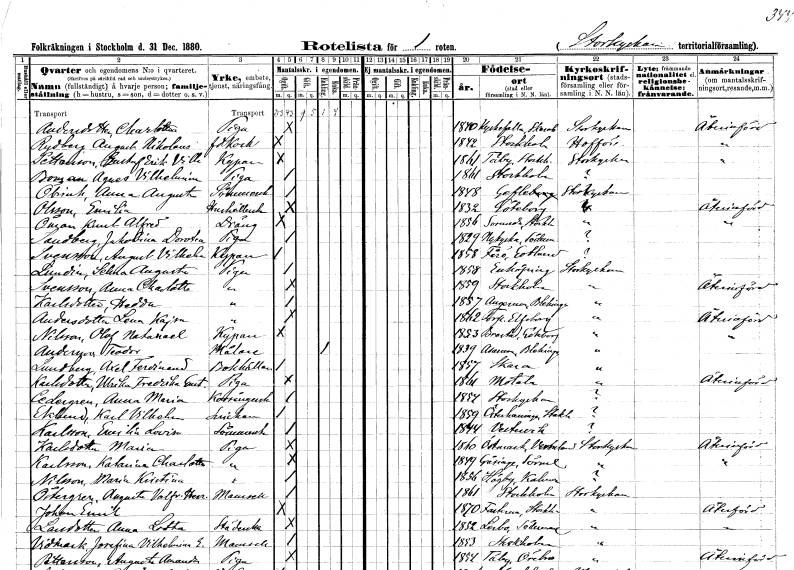
gt_parse: households: individuals: FN: Charlotta
EN: Andersdotter
YRKE: Piga
KON: K
CIV: O
FODAR: 1840
FODFORS: Kyrkefalla Skaraborgs län
FN: August Nikolaus
EN: Rydberg
YRKE: Kock f.d.
KON: M
CIV: O
FODAR: 1842
FODFORS: Stockholm
FN: Gustaf Erik Vilhelm
EN: Pettersson
YRKE: Kypare
KON: M
CIV: O
FODAR: 1861
FODFORS: Täby Stockholms län
FN: Agnes Vilhelmina
EN: Boman
YRKE: Piga
KON: K
CIV: O
FODAR: 1861
FODFORS: Stockholm
FN: Anna Augusta
EN: Öbrink
YRKE: Sömmerska
KON: K
CIV: O
FODAR: 1848
FODFORS: Gävle Gävleborgs län
FN: Emilia
EN: Olsson
YRKE: Hushållerska
KON: K
CIV: O
FODAR: 1832
FODFORS: Göteborg Göteborgs- och Bohuslän
FN: Knut Alfred
EN: Öman
YRKE: Dräng
KON: M
CIV: O
FODAR: 1856
FODFORS: Sorunda Södermanlands län
FN: Jakobina Dorotea
EN: Sandberg
YRKE: Piga
KON: K
CIV: O
FODAR: 1829
FODFORS: Nykyrka Södermanlands län
FN: August Vilhelm
EN: Svensson
YRKE: Kypare
KON: M
CIV: O
FODAR: 1858
FODFORS: Fårö Gotlands län
FN: Selma Augusta
EN: Lundin
YRKE: Piga
KON: K
CIV: O
FODAR: 1858
FODFORS: Enköping Uppsala län
FN: Anna Charlotta
EN: Svensson
YRKE: Piga
KON: K
CIV: O
FODAR: 1859
FODFORS: Stockholm
FN: Hedda
EN: Karlsdotter
YRKE: Piga
KON: K
CIV: O
FODAR: 1857
FODFORS: Augerum Blekinge län
FN: Lena Kajsa
EN: Andersdotter
YRKE: Piga
KON: K
CIV: O
FODAR: 1862
FODFORS: Torp Älvsborgs län
FN: Olof Natanael
EN: Nilsson
YRKE: Kypare
KON: M
CIV: O
FODAR: 1853
FODFORS: Brastad Göteborgs- och Bohuslän
FN: Teodor
EN: Andersson
YRKE: Målare
KON: M
CIV: E
FODAR: 1839
FODFORS: Asarum Blekinge län
FN: Axel Ferdinand
EN: Lundberg
YRKE: Bokhållare
KON: M
CIV: O
FODAR: 1857
FODFORS: Skara Skaraborgs län
FN: Ulrika Fredrika Gustava
EN: Karlsdotter
YRKE: Piga
KON: K
CIV: O
FODAR: 1861
FODFORS: Motala Östergötlands län
FN: Anna Maria
EN: Cedergren
YRKE: Korsångerska
KON: K
CIV: O
FODAR: 1854
FODFORS: Storkyrkoförsamlingen Stockholms stad
FN: Karl Vilhelm
EN: Eklund
YRKE: Snickare
KON: M
CIV: O
FODAR: 1859
FODFORS: Österhaninge Stockholms län
FN: Emilia Lovisa
EN: Karlsson
YRKE: Sömmerska
KON: K
CIV: O
FODAR: 1844
FODFORS: Västervik Kalmar län
FN: Maria
EN: Karlsdotter
YRKE: Piga
KON: K
CIV: O
FODAR: 1860
FODFORS: Östmark Värmlands län
FN: Katarina Charlotta
EN: Karlsson
YRKE: Piga
KON: K
CIV: O
FODAR: 1849
FODFORS: Gåsinge Södermanlands län
FN: Maria Kristina
EN: Nilsson
YRKE: Piga
KON: K
CIV: O
FODAR: 1856
FODFORS: Högby Kalmar län
FN: Augusta Valfrida Henrietta
EN: Östergren
KON: K
CIV: O
FODAR: 1861
FODFORS: Stockholm
FN: Johan Emil
KON: M
CIV: O
FODAR: 1870
FODFORS: Fasterna Stockholms län